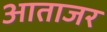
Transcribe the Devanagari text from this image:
आताजर